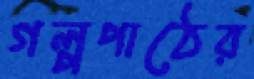
গল্পপাঠের